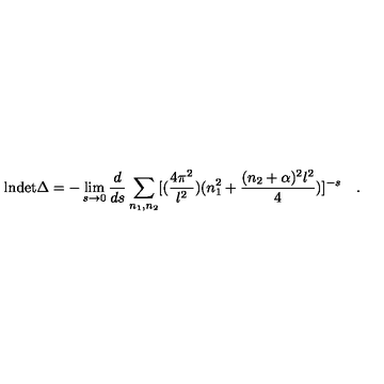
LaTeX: \mathrm { l n d e t } \Delta = - \lim _ { s \to 0 } { \frac { d } { d s } } \sum _ { n _ { 1 } , n _ { 2 } } [ ( { \frac { 4 \pi ^ { 2 } } { l ^ { 2 } } } ) ( n _ { 1 } ^ { 2 } + { \frac { ( n _ { 2 } + \alpha ) ^ { 2 } l ^ { 2 } } { 4 } } ) ] ^ { - s } \quad .